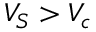
V _ { S } > V _ { c }